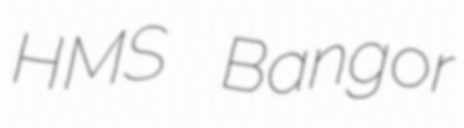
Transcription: HMS Bangor